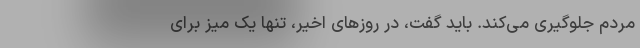
مردم جلوگیری می‌کند. باید گفت، در روز‌های اخیر، تنها یک میز برای